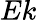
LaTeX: Ek